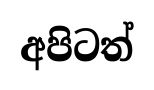
අපිටත්